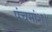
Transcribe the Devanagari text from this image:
पंचमांश।